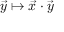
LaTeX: { \vec { y } } \mapsto { \vec { x } } \cdot { \vec { y } }